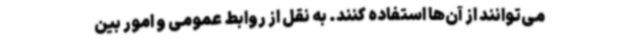
می‌توانند از آن‌ها استفاده کنند. به نقل از روابط عمومی و امور بین